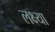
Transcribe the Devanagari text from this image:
लक्ष्‍या